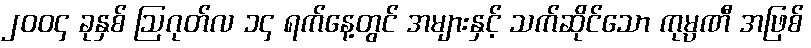
၂၀၀၄ ခုနှစ် ဩဂုတ်လ ၁၄ ရက်နေ့တွင် အများနှင့် သက်ဆိုင်သော ကုမ္ပဏီ အဖြစ်